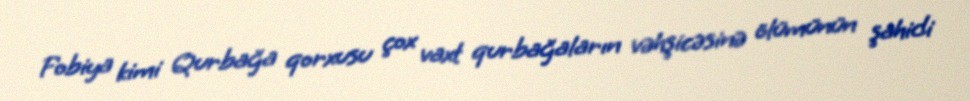
Fobiya kimi Qurbağa qorxusu çox vaxt qurbağaların vəhşicəsinə ölümünün şahidi